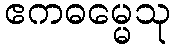
ဧကဓမ္မေသု